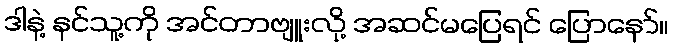
ဒါနဲ့ နင်သူ့ကို အင်တာဗျူးလို့ အဆင်မပြေရင် ပြောနော်။